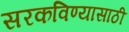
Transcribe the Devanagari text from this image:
सरकविण्यासाठी